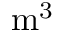
\mathrm { m ^ { 3 } }